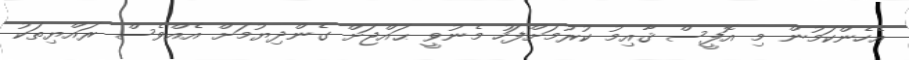
އެހެންކަމުން މި އޮފީސް ޤާއިމު ކުރުމަށްފަހު މެނުވީ ޙައްޖަށް ގެންދިޔުމަށް އެއްވެސް ރައްޔިތަކު